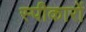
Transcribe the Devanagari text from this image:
स्पीकारों